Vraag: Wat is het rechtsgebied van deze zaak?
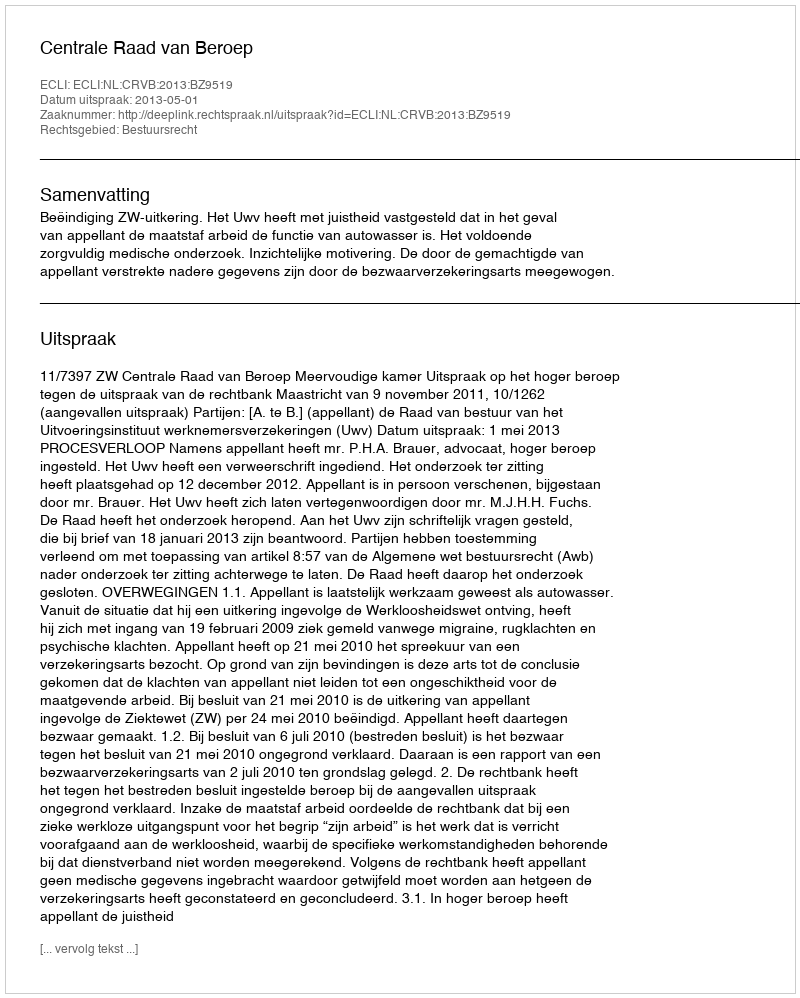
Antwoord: Bestuursrecht